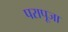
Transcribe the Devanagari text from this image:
परापूजा